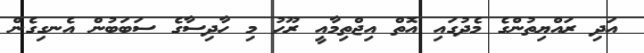
އަދި ރައްޔިތުންގެ މެދުގައި އޮތް އިޖްތިމާއީ ރޫހު މި ހާދިސާގެ ސަބަބުން އެނގިގެން